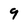
Character: 9